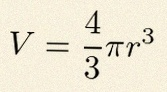
V=\frac43\pi r^3